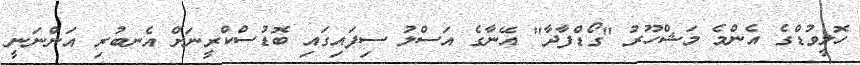
ހޮލީވުޑްގެ އެންމެ މަޝްހޫރު "ގޯޑްފާދާ" އޭނާގެ އަސްލު ސިފައިގައި ބޮޑުސްކްރީނަށް އެނބުރި އަންނަނީ